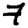
Digit: 7